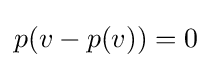
p(v-p(v))=0